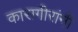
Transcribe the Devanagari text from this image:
कारागीरांनी